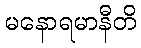
မနောရမာနီတိ